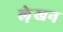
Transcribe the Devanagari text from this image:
ले़खन